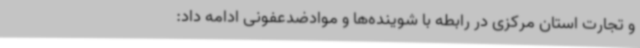
و تجارت استان مرکزی در رابطه با شوینده‌ها و موادضدعفونی ادامه داد: